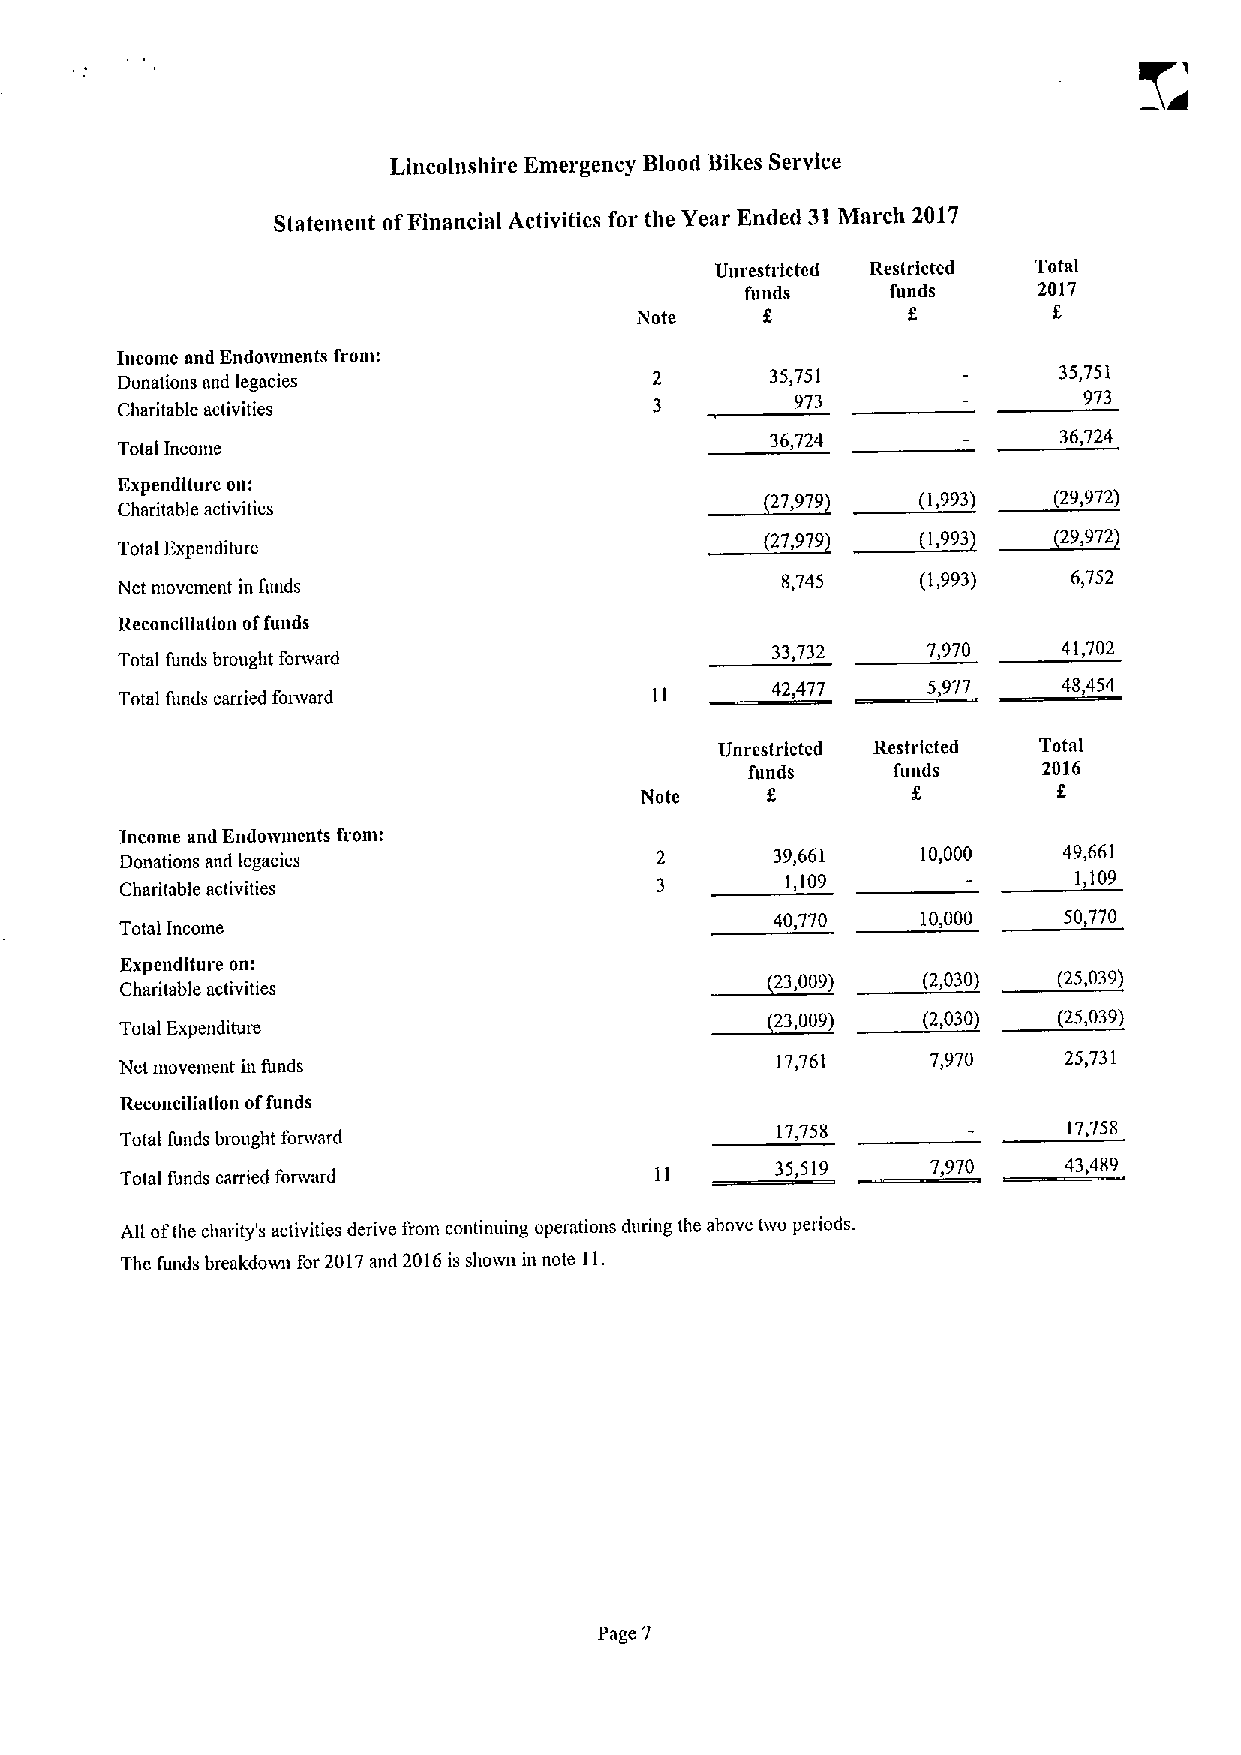
Lincolnshire Emergency Blood Bikes Service
 Statement ofFinancial Activities for the Year Ended 31March 2017
 Unrestricted Restricted Total
 funds     funds     2017
 Note              f         f.
 Income and Endowments from:
 Donations and legacies                     35,751             35,751
 973                973
 Charitable activities
 36,724             36,724
 Total Inconte
 Expenditure on:
 27,979    (1,993)  (29,972)
 Charitable activities
 (27,979   (1,993   29,972
 Total Expenditure
 Net movement in funds                       8,745    (1,993)   6,752
 Reconciliation offunds
 33,732    7,970    41,702
 Total funds brought forward
 42,477    5,977    48,454
 Total funds carried forward
 Unrestricted Restricted Total
 funds    funds     2016
 Note     f.                 g
 Incorue and Endowments from:
 Donations and legacies
 39,661    10,000   49,661
 Charitable activities
 1,109              1,109
 40,770    10,000   50,770
 Total Income
 Expenditure on:
 23,009)   (2,030)  (25,039)
 Charitable activities
 23,009)   (2,030)  (25,039)
 Total Expenditure
 Net movement in funds
 17,761     7,970   25,731
 Reconciliation offunds
 17,758              17,758
 Total funds brought fonvard
 35,519     7,970    43,489
 Total funds carried forward
 All ofthe cluuity's activities derive from continuing operations during the above two periods.
 The funds breakdovm for 2017and 2016is shown in note 11.
 Page 7